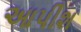
આપીશ